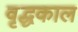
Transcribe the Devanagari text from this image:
वृद्धकाल